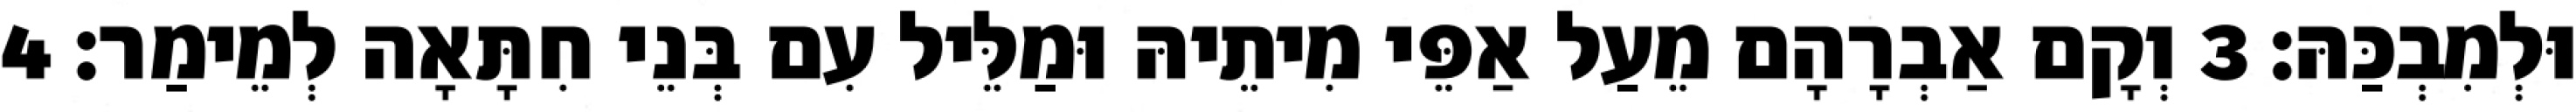
וּלְמִבְכַּהּ׃ 3 וְקָם אַבְרָהָם מֵעַל אַפֵּי מִיתֵיהּ וּמַלֵּיל עִם בְּנֵי חִתָּאָה לְמֵימַר׃ 4